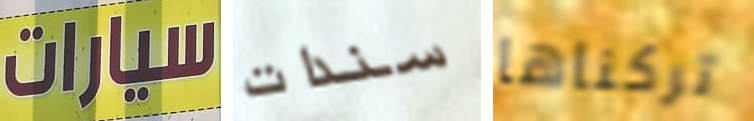
سيارات سندات تركناها